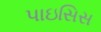
પાઇસિસ